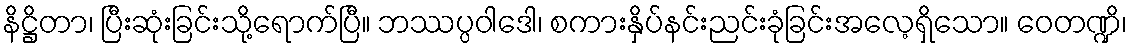
နိဋ္ဌိတာ၊ ပြီးဆုံးခြင်းသို့ရောက်ပြီ။ ဘဿပ္ပဝါဒေါ၊ စကားနှိပ်နင်းညင်းခုံခြင်းအလေ့ရှိသော။ ဝေတဏ္ဍိ၊